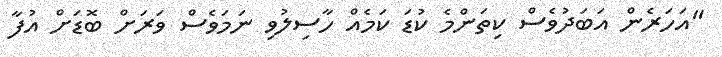
"އަހަރެން އަބަދުވެސް ކިތަންމެ ކުޑަ ކަމެއް ހާސިލުވި ނަމަވެސް ވަރަށް ބޮޑަށް އުފާ